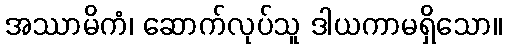
အဿာမိကံ၊ ဆောက်လုပ်သူ ဒါယကာမရှိသော။